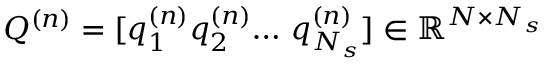
Q ^ { ( n ) } = [ \boldsymbol { q } _ { 1 } ^ { ( n ) } \boldsymbol { q } _ { 2 } ^ { ( n ) } { \dots } ~ \boldsymbol { q } _ { N _ { s } } ^ { ( n ) } ] \in \mathbb { R } ^ { N \times N _ { s } }